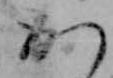
か